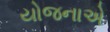
યોજનાએ